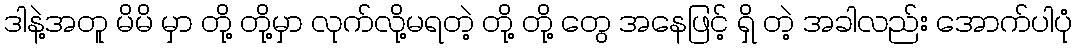
ဒါနဲ့အတူ မိမိ မှာ တို့ တို့မှာ လုက်လို့မရတဲ့ တို့ တို့ တွေ အနေဖြင့် ရှိ တဲ့ အခါလည်း အောက်ပါပုံ